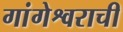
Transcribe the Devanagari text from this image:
गांगेश्वराची